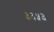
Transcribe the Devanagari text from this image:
३३५३